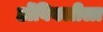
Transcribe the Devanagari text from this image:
डोंबिवलीला